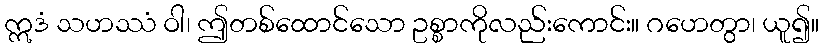
ဣဒံ သဟဿံ ဝါ၊ ဤတစ်ထောင်သော ဥစ္စာကိုလည်းကောင်း။ ဂဟေတွာ၊ ယူ၍။